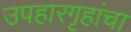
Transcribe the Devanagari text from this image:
उपहारगृहांचा